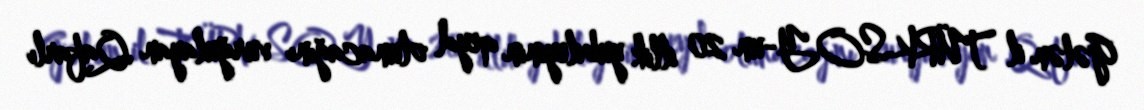
Gələn il TÜRKSOY-un 20 illik yubileyinin qeyd olunacağını vurğulayan Qafarlı